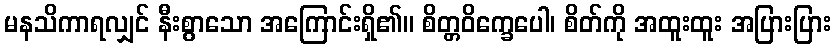
မနသိကာရလျှင် နီးစွာသော အကြောင်းရှိ၏။ စိတ္တဝိက္ခေပေါ၊ စိတ်ကို အထူးထူး အပြားပြား